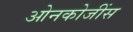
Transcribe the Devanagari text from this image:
ओनकोजींस